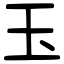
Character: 玉